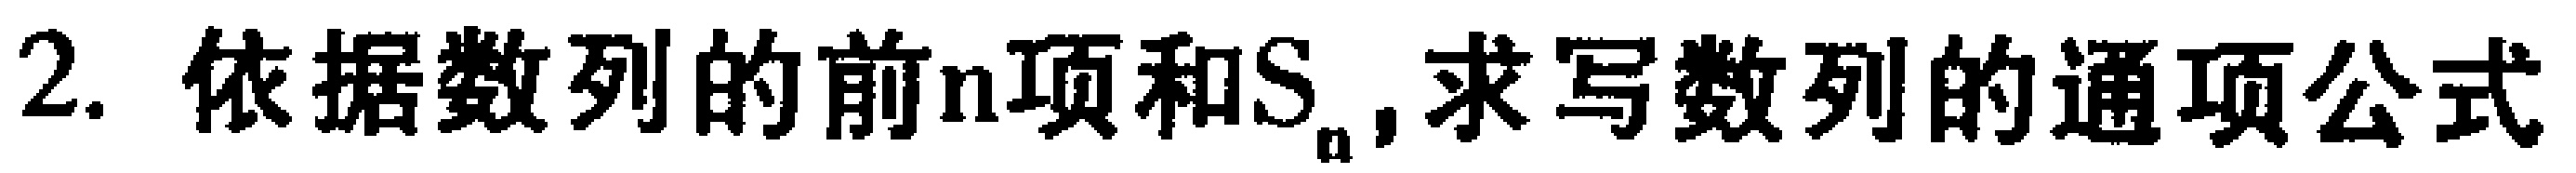
2. 依据数列的前\(n\)项和\(S_{n}\), 求写数列的通项公式